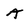
Character: A